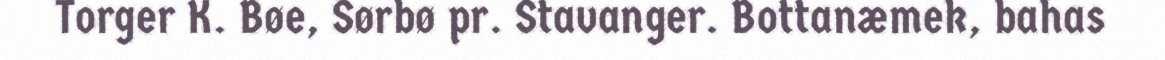
Torger K. Bøe, Sørbø pr. Stavanger. Bottanæmek, bahas